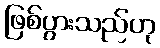
ဖြစ်ပွားသည်ဟု